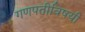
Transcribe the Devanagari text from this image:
गणपतीविषयी